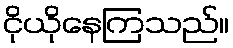
ငိုယိုနေကြသည်။